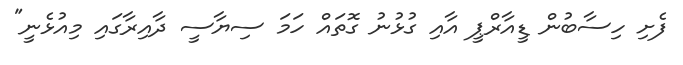
ފެށި ހިސާބުން ޑީއާރްޕީ އާއި ގުޅުނު ގޮތައް ހަމަ ސިޔާސީ ދާއިރާގައި މިއުޅެނީ"